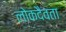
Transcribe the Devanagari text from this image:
लोकदैवता